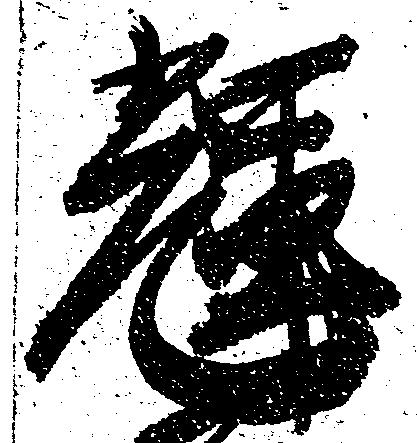
輝